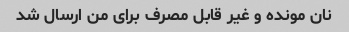
نان مونده و غیر قابل مصرف برای من ارسال شد